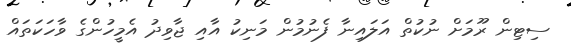
ސިޓިން ރޫމަށް ނުކުތް އަލައިނާ ފެނުމުން މަނިކު އާއި ޖާވިދު އެމީހުންގެ ވާހަކަތައް